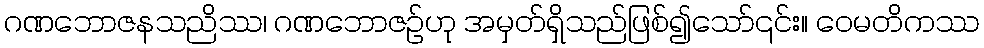
ဂဏဘောဇနသညိဿ၊ ဂဏဘောဇဉ်ဟု အမှတ်ရှိသည်ဖြစ်၍သော်၎င်း။ ဝေမတိကဿ